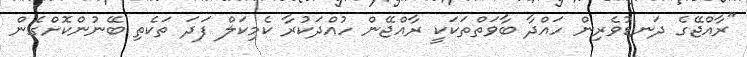
"ރާއްޖޭގެ ދަނޑުވެރިން ހައްދާ ބާވަތްތަކަކީ ރާއްޖޭން ހުއްދަކުރާ ކެމިކަލް ފަދަ ތަކެތި ބޭނުންކޮށްގެން